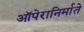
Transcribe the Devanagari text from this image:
ऑपेरानिर्माते